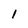
Character: 1